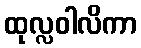
ထုလ္လဝါလိကာ